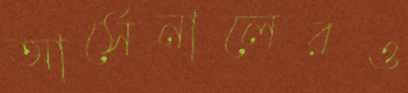
আর্সেনালেরও